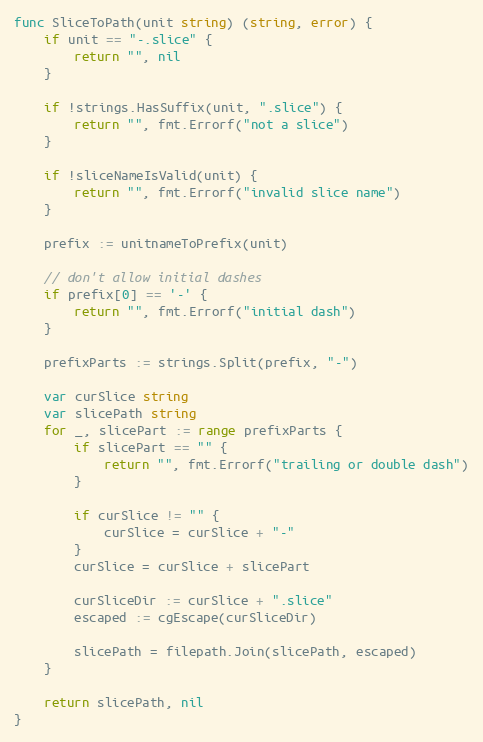
Language: Go
func SliceToPath(unit string) (string, error) {
	if unit == "-.slice" {
		return "", nil
	}

	if !strings.HasSuffix(unit, ".slice") {
		return "", fmt.Errorf("not a slice")
	}

	if !sliceNameIsValid(unit) {
		return "", fmt.Errorf("invalid slice name")
	}

	prefix := unitnameToPrefix(unit)

	// don't allow initial dashes
	if prefix[0] == '-' {
		return "", fmt.Errorf("initial dash")
	}

	prefixParts := strings.Split(prefix, "-")

	var curSlice string
	var slicePath string
	for _, slicePart := range prefixParts {
		if slicePart == "" {
			return "", fmt.Errorf("trailing or double dash")
		}

		if curSlice != "" {
			curSlice = curSlice + "-"
		}
		curSlice = curSlice + slicePart

		curSliceDir := curSlice + ".slice"
		escaped := cgEscape(curSliceDir)

		slicePath = filepath.Join(slicePath, escaped)
	}

	return slicePath, nil
}